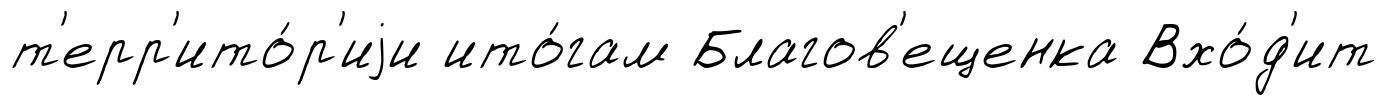
т'ерр'ито́р'иjи ито́гам Благов'ещенка Вхо́д'ит